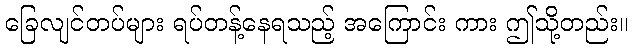
ခြေလျင်တပ်များ ရပ်တန့်နေရသည့် အကြောင်း ကား ဤသို့တည်း။